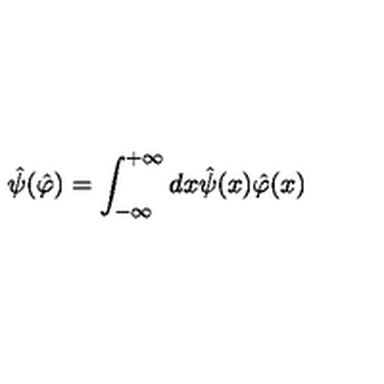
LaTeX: \hat { \psi } ( \hat { \varphi } ) = \int _ { - \infty } ^ { + \infty } d x \hat { \psi } ( x ) \hat { \varphi } ( x )